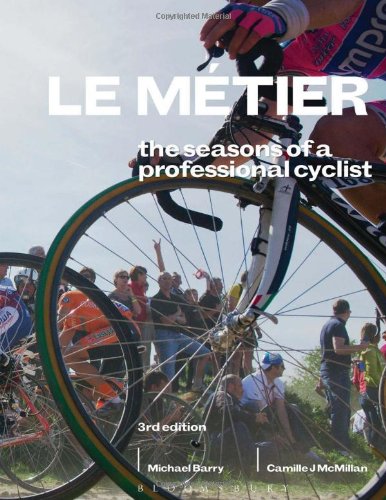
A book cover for Le MÃ©tier: The Seasons of a Professional Cyclist (Rouleur); Camille J. McMillan; Arts & Photography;